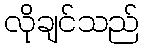
လိုချင်သည်